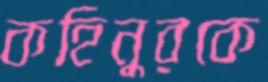
কহিনুরকে